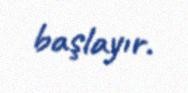
başlayır.